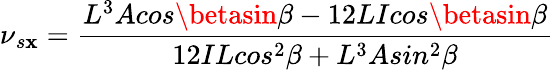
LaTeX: \nu{_{s\mathbf{x}}}=\frac{{L^{3}Acos\betasin\beta-12LIcos\betasin\beta}}{{12ILcos^{2}\beta+L^{3}Asin^{2}\beta}}